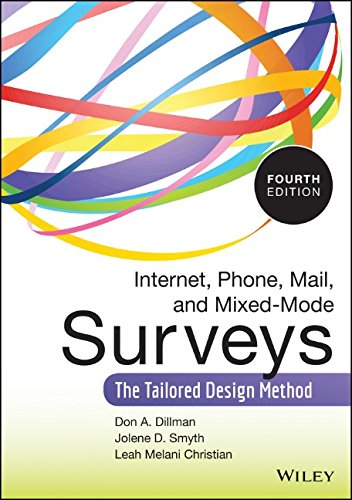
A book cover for Internet, Phone, Mail, and Mixed-Mode Surveys: The Tailored Design Method; Don A. Dillman; Politics & Social Sciences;